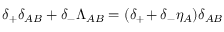
\delta _ { + } \delta _ { A B } + \delta _ { - } \Lambda _ { A B } = ( \delta _ { + } \! + \delta _ { - } \eta _ { A } ) \delta _ { A B }